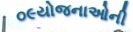
૦૯યોજનાઓની